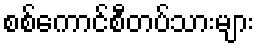
စစ်ကောင်စီတပ်သားများ